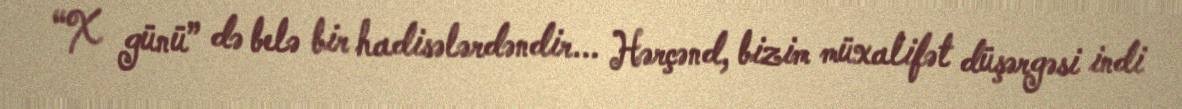
“X günü” də belə bir hadisələrdəndir... Hərçənd, bizim müxalifət düşərgəsi indi